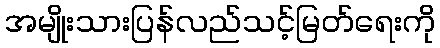
အမျိုးသားပြန်လည်သင့်မြတ်ရေးကို